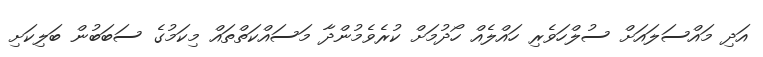
އަދި މައްސަލައަށް ސުލްހަވެރި ހައްލެއް ހޯދުމަށް ކުރެވެމުންދާ މަސައްކަތްތައް މިކަމުގެ ސަބަބުން ބަލިކަށި